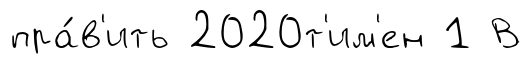
пра́в'ить 2020т'им'ен 1 В